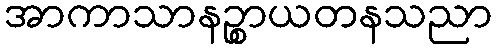
အာကာသာနဉ္စာယတနသညာ